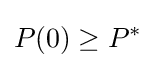
P(0)\geq P^{*}